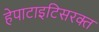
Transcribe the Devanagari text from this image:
हेपाटाइटिसरक्त